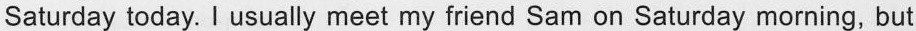
Saturday today. I usually meet my friend Sam on Saturday morning, but